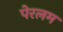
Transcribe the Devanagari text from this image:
पेरलम